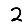
Digit: 2